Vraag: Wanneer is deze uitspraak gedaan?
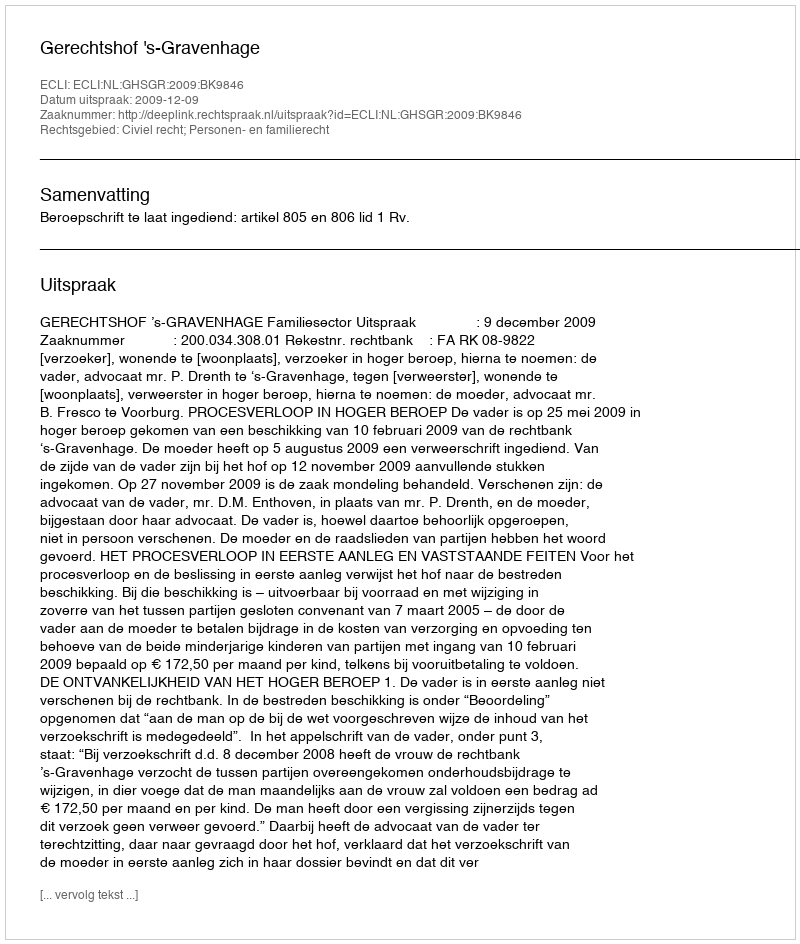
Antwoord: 2009-12-09